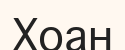
Хоан